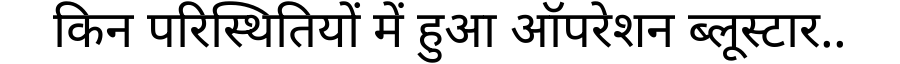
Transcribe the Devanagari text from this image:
किन परिस्थितियों में हुआ ऑपरेशन ब्लूस्टार..